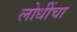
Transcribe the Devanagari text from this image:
लोधींचा